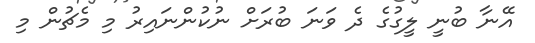
އޭނާ ބުނީ ލީގުގެ ދެ ވަނަ ބުރަށް ނުކުންނައިރު މި މެޗުން މި